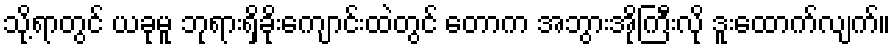
သို့ရာတွင် ယခုမူ ဘုရားရှိခိုးကျောင်းထဲတွင် တောက အဘွားအိုကြီးလို ဒူးထောက်လျက်။